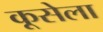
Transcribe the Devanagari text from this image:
कूसेला